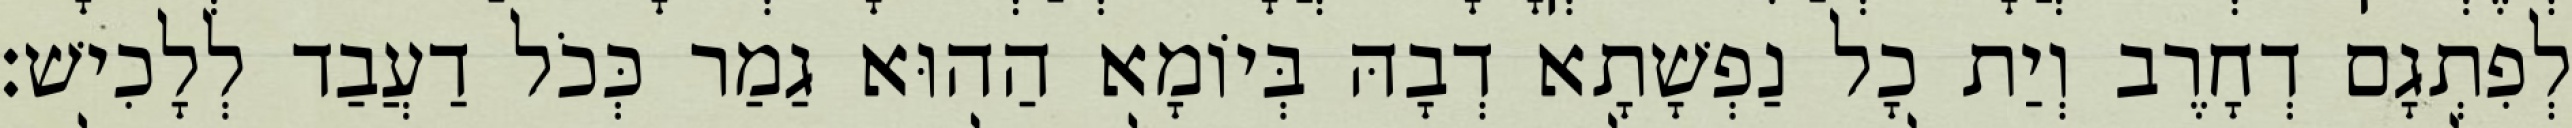
לְפִתְגָם דְחָרֶב וְיַת כָל נַפְשָׁתָא דְבָהּ בְּיוֹמָא הַהוּא גַמַר כְּכֹל דַעֲבַד לְלָכִישׁ׃